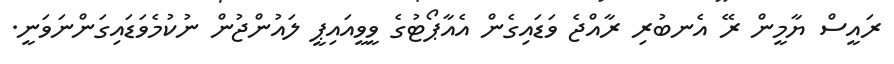
ރައީސް ޔާމީން ރޭ އެނބުރި ރާއްޖެ ވަޑައިގެން އެއާޕޯޓުގެ ވީވީއައިޕީ ލައުންޖުން ނުކުމެވަޑައިގަންނަވަނީ.